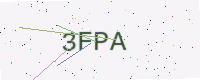
Text: 3FPA